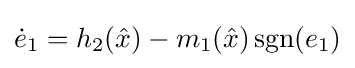
{\dot {e}}_{1}=h_{2}({\hat {x}})-m_{1}({\hat {x}})\operatorname {sgn}(e_{1})